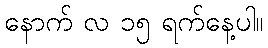
နောက် လ ၁၅ ရက်နေ့ပါ။